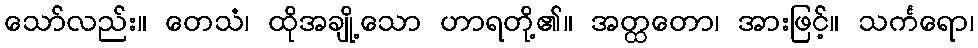
သော်လည်း။ တေသံ၊ ထိုအချို့သော ဟာရတို့၏။ အတ္ထတော၊ အားဖြင့်။ သင်္ကရော၊